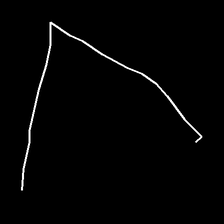
Glyph: region